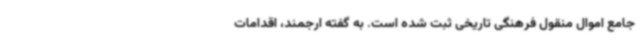
جامع اموال منقول فرهنگی تاریخی ثبت شده است. به گفته ارجمند، اقدامات